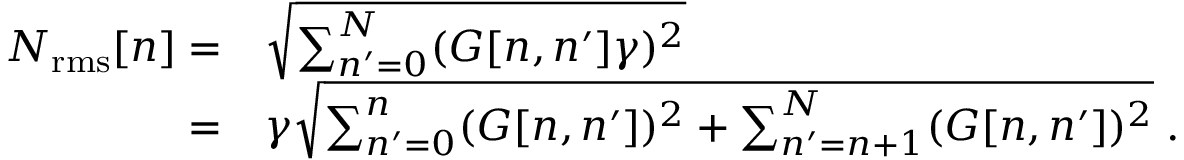
\begin{array} { r l } { N _ { \mathrm { r m s } } [ n ] = } & { \sqrt { \sum _ { n ^ { \prime } = 0 } ^ { N } ( G [ n , n ^ { \prime } ] \gamma ) ^ { 2 } } } \\ { = } & { \gamma \sqrt { \sum _ { n ^ { \prime } = 0 } ^ { n } ( G [ n , n ^ { \prime } ] ) ^ { 2 } + \sum _ { n ^ { \prime } = n + 1 } ^ { N } ( G [ n , n ^ { \prime } ] ) ^ { 2 } } \; . } \end{array}